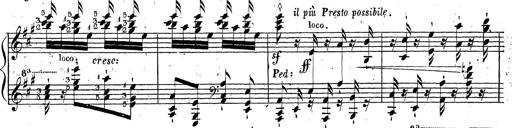
Title: Grande fantaisie sur la tyrolienne de l'opÃ©ra
Composer: Franz Liszt
Key: A major